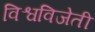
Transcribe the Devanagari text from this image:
विश्वविजेती